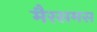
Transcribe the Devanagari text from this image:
मैरसमस